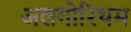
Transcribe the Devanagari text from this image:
अलगोरिथम